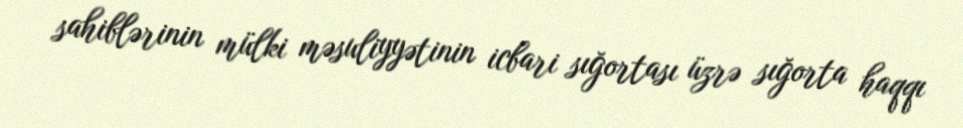
sahiblərinin mülki məsuliyyətinin icbari sığortası üzrə sığorta haqqı